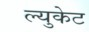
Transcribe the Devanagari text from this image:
ल्युकेट